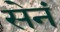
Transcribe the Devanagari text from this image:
सेनं